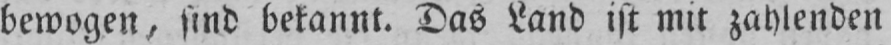
bewogen, sind bekannt. Das Land ist mit zahlenden